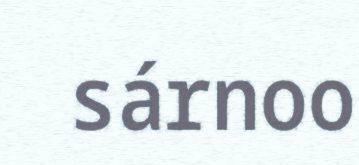
sárnoo